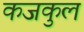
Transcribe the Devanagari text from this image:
कजकुल